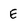
Character: E